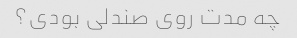
چه مدت روی صندلی بودی؟